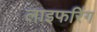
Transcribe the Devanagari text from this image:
लाइफरिंग